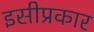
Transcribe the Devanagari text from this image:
इसीप्रकार